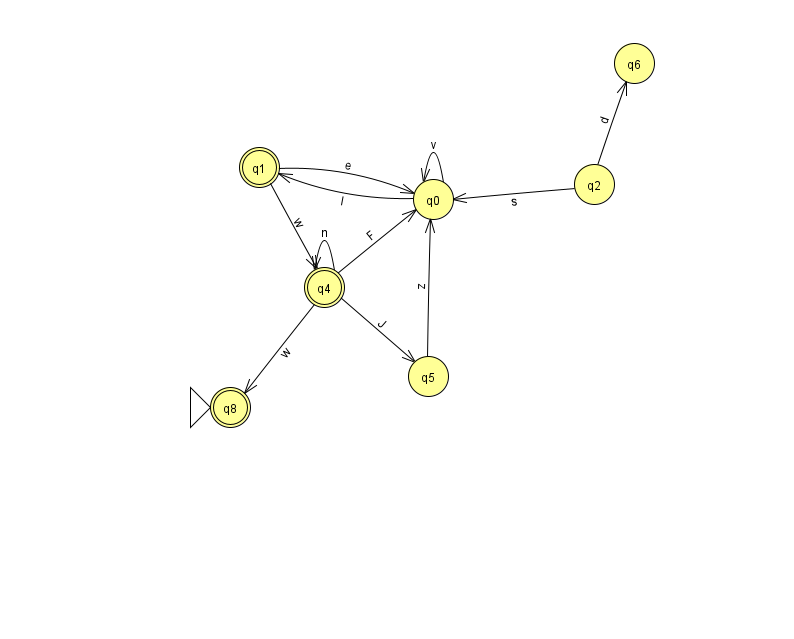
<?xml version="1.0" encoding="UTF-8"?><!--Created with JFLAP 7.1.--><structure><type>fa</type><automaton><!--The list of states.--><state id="0" name="q0"><x>433.0</x><y>186.0</y></state><state id="1" name="q1"><x>259.0</x><y>154.0</y><final/></state><state id="2" name="q2"><x>594.0</x><y>171.0</y></state><state id="4" name="q4"><x>324.0</x><y>274.0</y><final/></state><state id="5" name="q5"><x>428.0</x><y>363.0</y></state><state id="6" name="q6"><x>634.0</x><y>50.0</y></state><state id="8" name="q8"><x>230.0</x><y>394.0</y><initial/><final/></state><!--The list of transitions.--><transition><from>5</from><to>0</to><read>z</read></transition><transition><from>2</from><to>6</to><read>d</read></transition><transition><from>0</from><to>1</to><read>I</read></transition><transition><from>0</from><to>0</to><read>v</read></transition><transition><from>1</from><to>4</to><read>w</read></transition><transition><from>4</from><to>5</to><read>J</read></transition><transition><from>4</from><to>0</to><read>F</read></transition><transition><from>2</from><to>0</to><read>s</read></transition><transition><from>4</from><to>4</to><read>n</read></transition><transition><from>4</from><to>8</to><read>w</read></transition><transition><from>1</from><to>0</to><read>e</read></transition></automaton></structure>